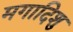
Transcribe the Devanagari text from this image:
मगादिशु